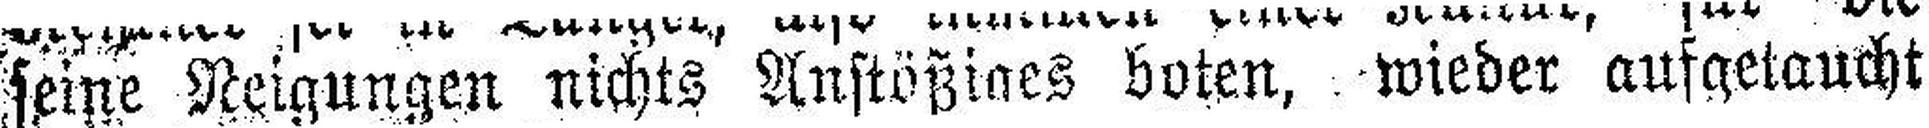
seine Neigungen nichts Anstößiges boten, wieder aufgetaucht